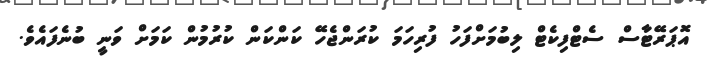
އޮޕަރޭޓާސް ސެޓްފިކެޓް ލިބުމަށްފަހު ފުރިހަމަ ކުރަންޖެހޭ ކަންކަން ކުރުމުން ކަމަށް ވަނީ ބުނެފައެވެ.